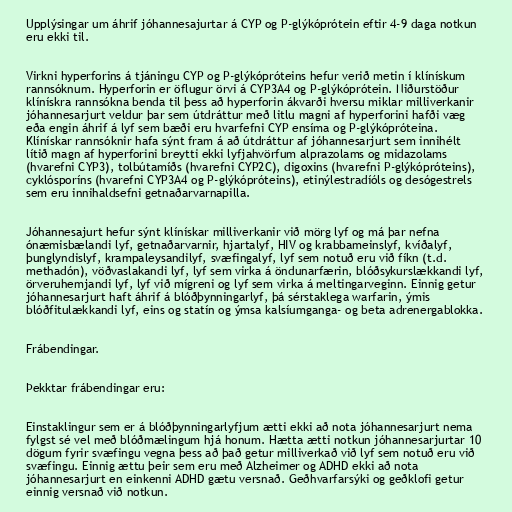
Upplýsingar um áhrif jóhannesajurtar á CYP og P-glýkóprótein eftir 4-9 daga notkun
eru ekki til.

Virkni hyperforins á tjáningu CYP og P-glýkópróteins hefur verið metin í klínískum
rannsóknum. Hyperforin er öflugur örvi á CYP3A4 og P-glýkóprótein. Niðurstöður
klínískra rannsókna benda til þess að hyperforin ákvarði hversu miklar milliverkanir
jóhannesarjurt veldur þar sem útdráttur með litlu magni af hyperforini hafði væg
eða engin áhrif á lyf sem bæði eru hvarfefni CYP ensíma og P-glýkópróteina.
Klínískar rannsóknir hafa sýnt fram á að útdráttur af jóhannesarjurt sem innihélt
lítið magn af hyperforini breytti ekki lyfjahvörfum alprazolams og midazolams
(hvarefni CYP3), tolbútamíðs (hvarefni CYP2C), digoxins (hvarefni P-glýkópróteins),
cyklósporíns (hvarefni CYP3A4 og P-glýkópróteins), etinýlestradíóls og desógestrels
sem eru innihaldsefni getnaðarvarnapilla.

Jóhannesajurt hefur sýnt klínískar milliverkanir við mörg lyf og má þar nefna
ónæmisbælandi lyf, getnaðarvarnir, hjartalyf, HIV og krabbameinslyf, kvíðalyf,
þunglyndislyf, krampaleysandilyf, svæfingalyf, lyf sem notuð eru við fíkn (t.d.
methadón), vöðvaslakandi lyf, lyf sem virka á öndunarfærin, blóðsykurslækkandi lyf,
örveruhemjandi lyf, lyf við mígreni og lyf sem virka á meltingarveginn. Einnig getur
jóhannesarjurt haft áhrif á blóðþynningarlyf, þá sérstaklega warfarin, ýmis
blóðfitulækkandi lyf, eins og statín og ýmsa kalsíumganga- og beta adrenergablokka.

Frábendingar.

Þekktar frábendingar eru:

Einstaklingur sem er á blóðþynningarlyfjum ætti ekki að nota jóhannesarjurt nema
fylgst sé vel með blóðmælingum hjá honum. Hætta ætti notkun jóhannesarjurtar 10
dögum fyrir svæfingu vegna þess að það getur milliverkað við lyf sem notuð eru við
svæfingu. Einnig ættu þeir sem eru með Alzheimer og ADHD ekki að nota
jóhannesarjurt en einkenni ADHD gætu versnað. Geðhvarfarsýki og geðklofi getur
einnig versnað við notkun.